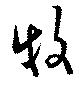
牧